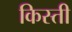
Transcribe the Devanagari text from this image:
किस्‍ती